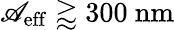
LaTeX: \mathscr{A}_{\mathrm{{eff}}}\gtrapprox300\ \mathrm{{nm}}